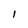
Character: l